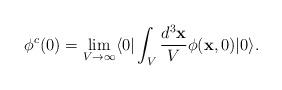
LaTeX: \begin{align*}\phi^c(0)= \lim_{V \rightarrow \infty}\langle 0| \int_V \frac{d^3 {\bf x}}{V} \phi({\bf x},0)|0 \rangle.\end{align*}